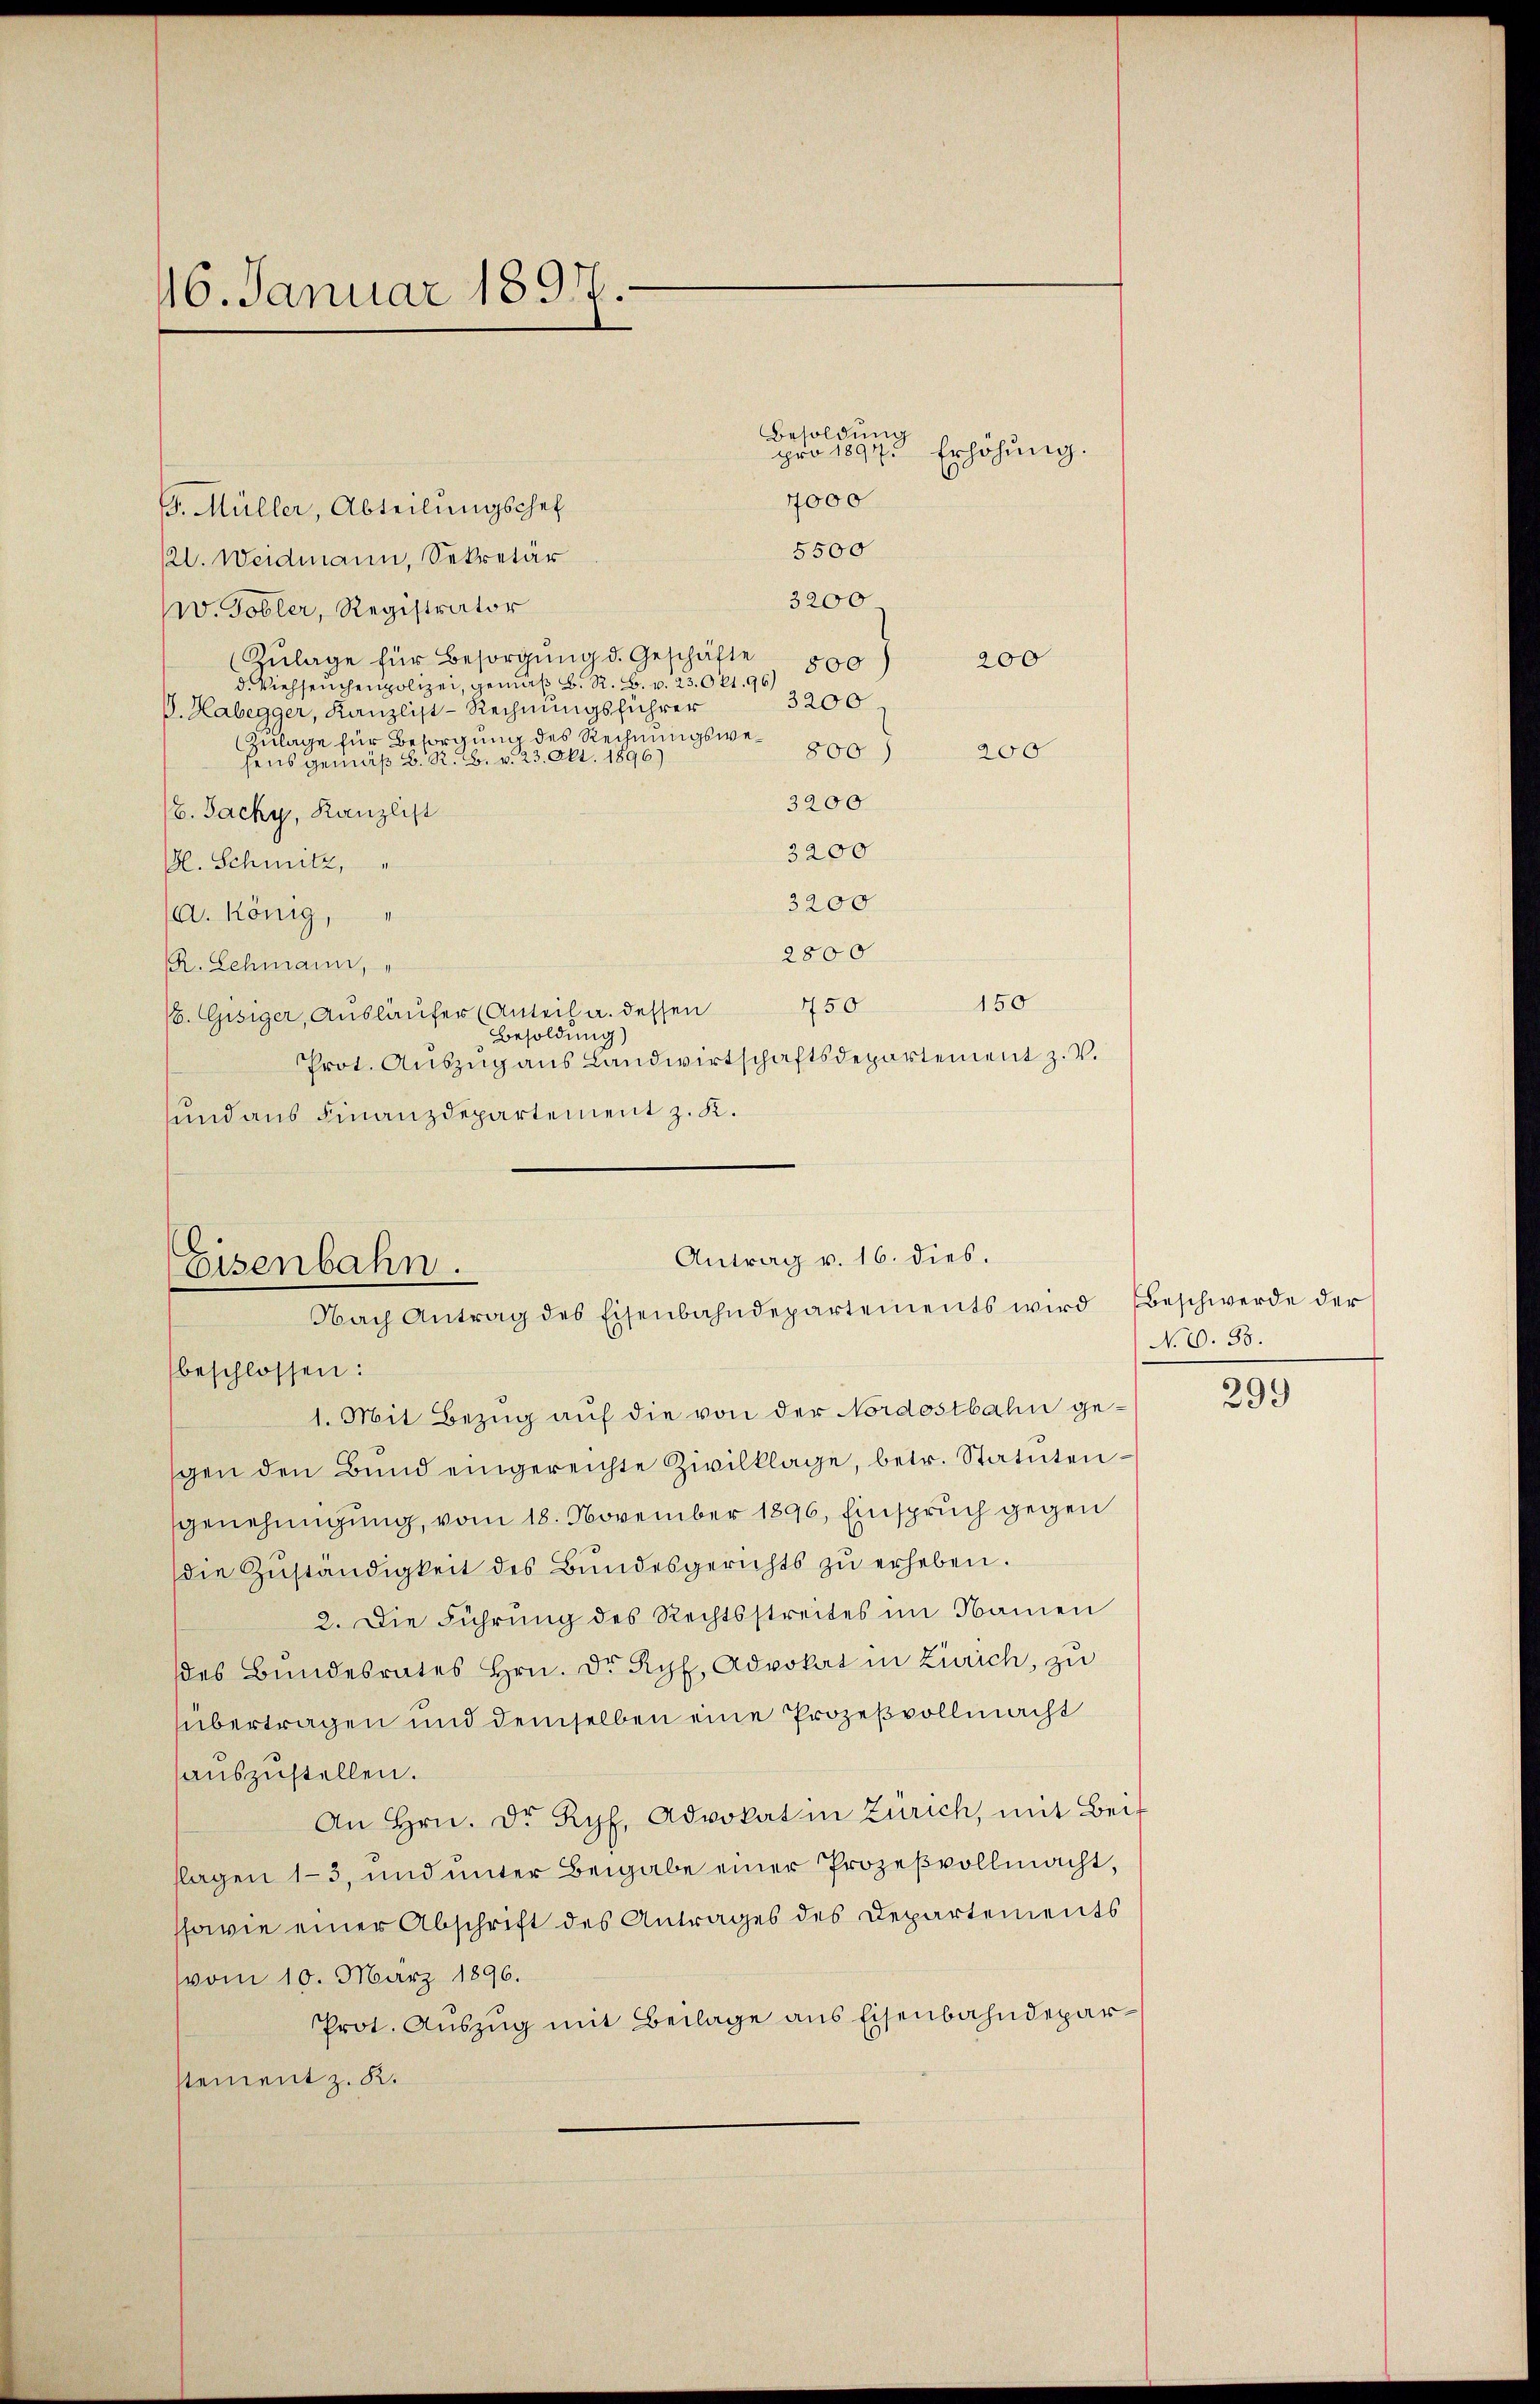
16. Januar 1891.

pro 1894. Erhöhung.
4000

Besoldung

. Müller, Abteilungschef
5500
/21. Weidmann, Sekretär
3200.
W. Tobler, Registrator
Zulage für Besorgung d. Geschäfte
500)
d. Viehseuchenpolizei, gemäß B. R. B. v. 23. Okt. 96.
3200
G. Habenger, Kanzlist-Rechnungsführer
Zulage für Besorgung des Rechnungswe- 800
200
Greser gegens d. R. 2. v. 23. Okt. 1896
3200
16. Jacky, Kanzlist
3200
G. Schmitz,
3200
/. König,
2800
R. Schmann, "
150
450
/6. Gisiger, Ausläufer (Anteil a. dessen
Besoldung)
Prot. Aŭszŭg aŭs Landwirtschaftsdepartement z. V.
und aus Finanzdepartement z. K.

200

Antrag v. 16. dies.
Eisenbahn.
Nach Antrag des Eisenbahndepartements wird Beschwerde der

beschlossen:
1. Mit Bezug auf die von der Nordostbahn gegen den Bund eingereichte Zivilklage, betr. Statutengenehmigung, vom 18. November 1896, Einspruch gegen
die Zŭständigkeit des Bundesgerichts zŭ erheben.
2. Die Führung des Rechtsstreites im Namen
des Bŭndesrates Hrn. Dr Ryf, Advokat in Zürich, zu
übertragen und demselben eine Prozeßvollmacht
auszustellen.
An Hrn. Dr Ryf, Advokat in Zürich, mit Beit
flagen 13, und unter Beigabe einer Prozeßvollmacht,
ssowie einer Abschrift des Antrages des Departements
vom 10. März 1896.
Prot. Auszug mit Beilage aus Eisenbahndeparstement z. R.

No. 2. 58.
299